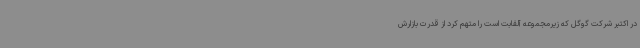
در اکتبر شرکت گوگل که زیرمجموعه آلفابت است را متهم کرد از قدرت بازارش